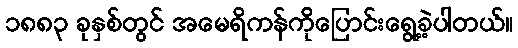
၁၈၈၃ ခုနှစ်တွင် အမေရိကန်ကိုပြောင်းရွေ့ခဲ့ပါတယ်။